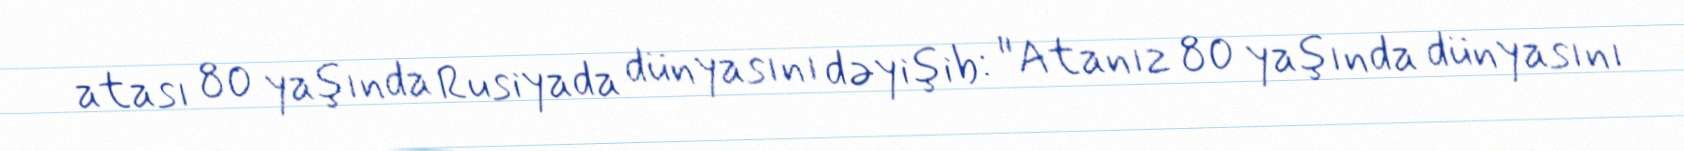
atası 80 yaşında Rusiyada dünyasını dəyişib: "Atanız 80 yaşında dünyasını